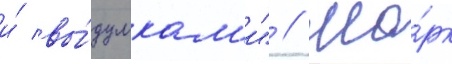
и́ вы́думкам'и" // Ма́рк